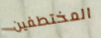
المختطفين